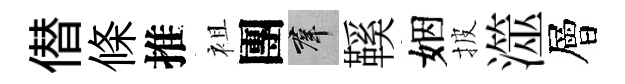
僣條推袓團群鞵姻披澨層